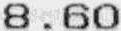
8.60